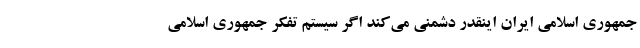
جمهوری اسلامی ایران اینقدر دشمنی می‌کند اگر سیستم تفکر جمهوری اسلامی